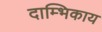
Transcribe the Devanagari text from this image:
दाम्भिकाय